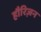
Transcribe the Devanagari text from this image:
हौरिज़न